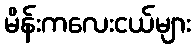
မိန်းကလေးငယ်များ